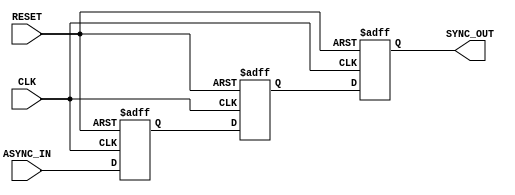
module async_to_sync_converter (
    input wire ASYNC_IN,   // Asynchronous input signal
    input wire CLK,        // Clock signal
    input wire RESET,      // Asynchronous reset signal
    output reg SYNC_OUT    // Synchronized output signal
);

// Internal signals for the synchronization stages
reg async_stage1;
reg async_stage2;

// Asynchronous reset handling and synchronization logic
always @(posedge CLK or posedge RESET) begin
    if (RESET) begin
        async_stage1 <= 1'b0; // Reset state
        async_stage2 <= 1'b0; // Reset state
        SYNC_OUT <= 1'b0;      // Reset output
    end else begin
        // Sample the ASYNC_IN signal
        async_stage1 <= ASYNC_IN; // First stage
        async_stage2 <= async_stage1; // Second stage
        SYNC_OUT <= async_stage2; // Final synchronized output
    end
end

endmodule